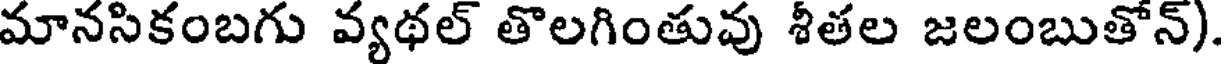
మానసికంబగు వ్యథల్ తొలగింతువు శీతల జలంబుతోన్)